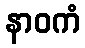
နာဝကံ